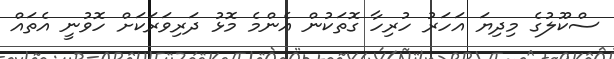
ސްކޫލުގެ މިދިޔަ އަހަރު ހުރިހާ ގޮތަކުން އެންމެ މޮޅު ދަރިވަރަކަށް ހޮވުނީ އެތައް